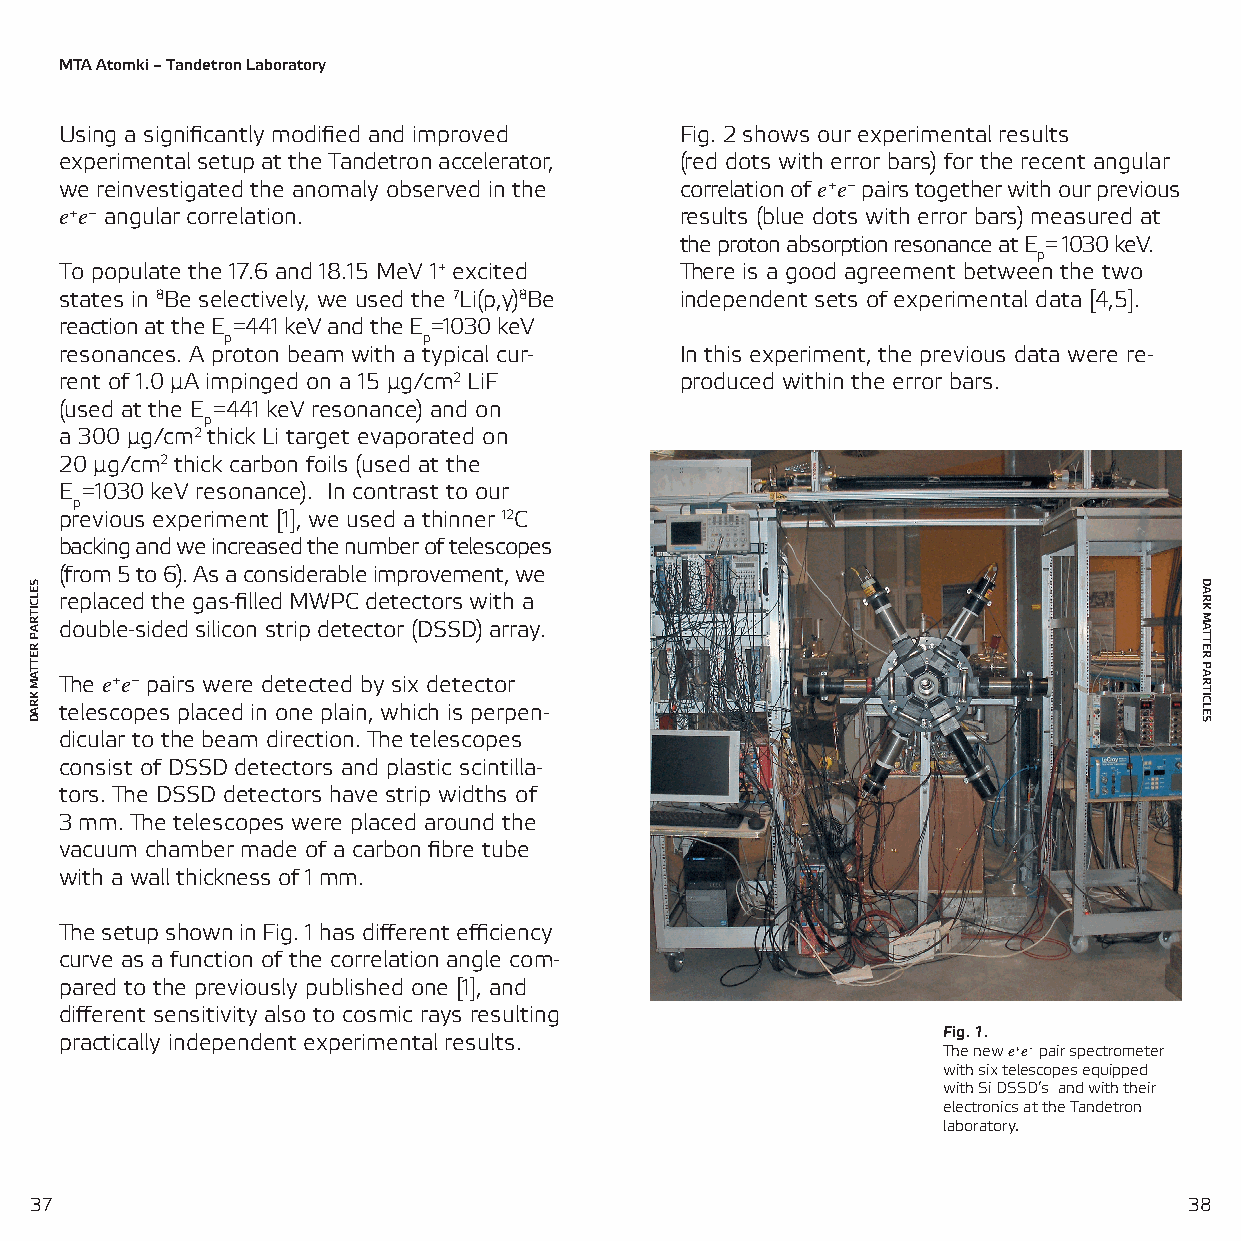
MTA Atomki – Tandetron Laboratory
 Using a significantly modified and improved Fig. 2 shows our experimental results
 experimental setup at the Tandetron accelerator, (red dots with error bars) for the recent angular
 we reinvestigated the anomaly observed in the correlation of e+e− pairs together with our previous
 e+e− angular correlation.                results (blue dots with error bars) measured at
 the proton absorption resonance at E= 1030 keV.
 p
 To populate the 17.6 and 18.15 MeV 1+ excited There is a good agreement between the two
 states in 8Be selectively, we used the 7Li(p,γ)8Be independent sets of experimental data [4,5].
 reaction at the E =441 keV and the E =1030 keV
 p            p
 resonances. A proton beam with a typical cur- In this experiment, the previous data were re-
 rent of 1.0 µA impinged on a 15 µg/cm2 LiF produced within the error bars.
 (used at the E =441 keV resonance) and on
 p
 a 300 µg/cm2 thick Li target evaporated on
 20 µg/cm2 thick carbon foils (used at the
 E =1030 keV resonance). In contrast to our
 p
 previous experiment [1], we used a thinner 12C
 backing and we increased the number of telescopes
 (from 5 to 6). As a considerable improvement, we
 replaced the gas-filled MWPC detectors with a
 double-sided silicon strip detector (DSSD) array.
 The e+e− pairs were detected by six detector
 telescopes placed in one plain, which is perpen-
 dicular to the beam direction. The telescopes
 consist of DSSD detectors and plastic scintilla-
 tors. The DSSD detectors have strip widths of
 3 mm. The telescopes were placed around the
 vacuum chamber made of a carbon fibre tube
 with a wall thickness of 1 mm.
 The setup shown in Fig. 1 has different efficiency
 curve as a function of the correlation angle com-
 pared to the previously published one [1], and
 different sensitivity also to cosmic rays resulting
 Fig. 1.
 practically independent experimental results.
 The new e+e− pair spectrometer
 with six telescopes equipped
 with Si DSSD’s and with their
 electronics at the Tandetron
 laboratory.
 37                                                                           38
 SELCITRAP
 RETTAM
 KRAD
 DARK
 MATTER
 PARTICLES